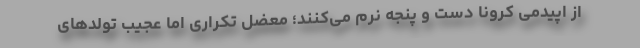
از اپیدمی کرونا دست و پنجه نرم می‌کنند؛ معضل تکراری اما عجیب تولدهای